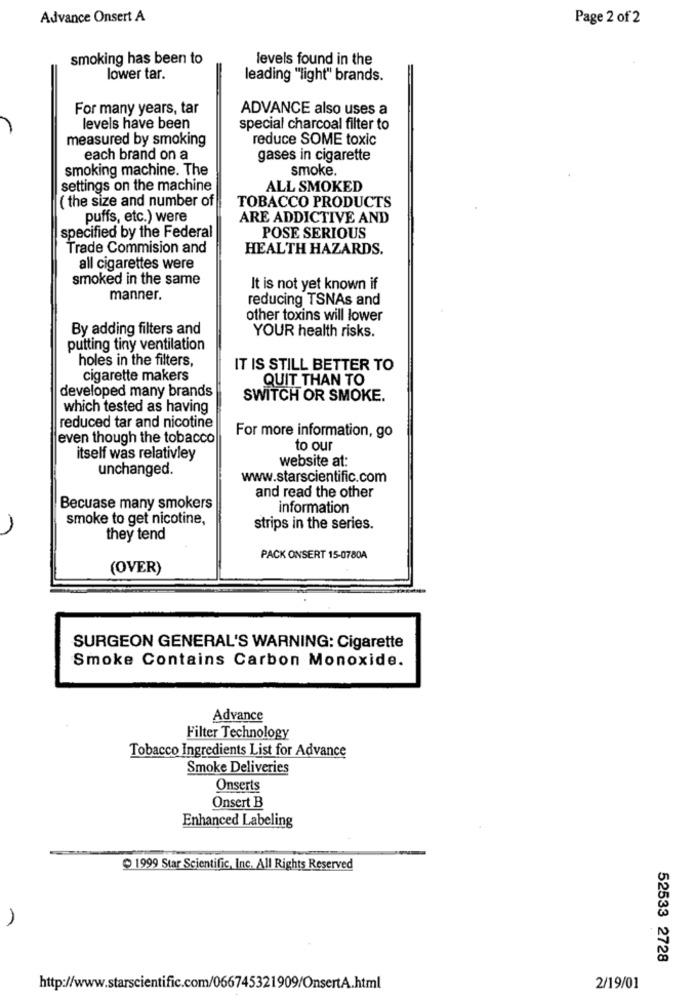
Advance Onsert A
Page 2 of 2
smoking has been to
levels found in the
lower tar.
leading "light" brands.
For many years, tar
ADVANCE also uses a
levels have been
special charcoal filter to
measured by smoking
reduce SOME toxic
each brand on a
gases in cigarette
smoking machine. The
smoke.
settings on the machine
ALL SMOKED
( the size and number of
TOBACCO PRODUCTS
puffs, etc.) were
ARE ADDICTIVE AND
specified by the Federal
POSE SERIOUS
Trade Commision and
HEALTH HAZARDS.
all cigarettes were
smoked in the same
It is not yet known if
manner.
reducing TSNAs and
other toxins will lower
By adding filters and
YOUR health risks.
putting tiny ventilation
holes in the filters,
IT IS STILL BETTER TO
cigarette makers
QUIT THAN TO
developed many brands
SWITCH OR SMOKE.
which tested as having
reduced tar and nicotine
For more information, go
even though the tobacco
to our
itself was relativley
website at:
unchanged.
www.starscientific.com
and read the other
Becuase many smokers
information
smoke to get nicotine,
strips in the series.
they tend
PACK ONSERT 15-0780A
(OVER)
SURGEON GENERAL'S WARNING: Cigarette
Smoke Contains Carbon Monoxide.
Advance
Filter Technology
Tobacco Ingredients List for Advance
Smoke Deliveries
Onserts
Onsert B
Enhanced Labeling
1999 Star Scientific, Inc. All Rights Reserved
52533 2728
http://www.starscientific.com/066745321909/OnsertA.html
2/19/01